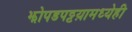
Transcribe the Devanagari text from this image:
झोपडपट्टय़ामध्येही